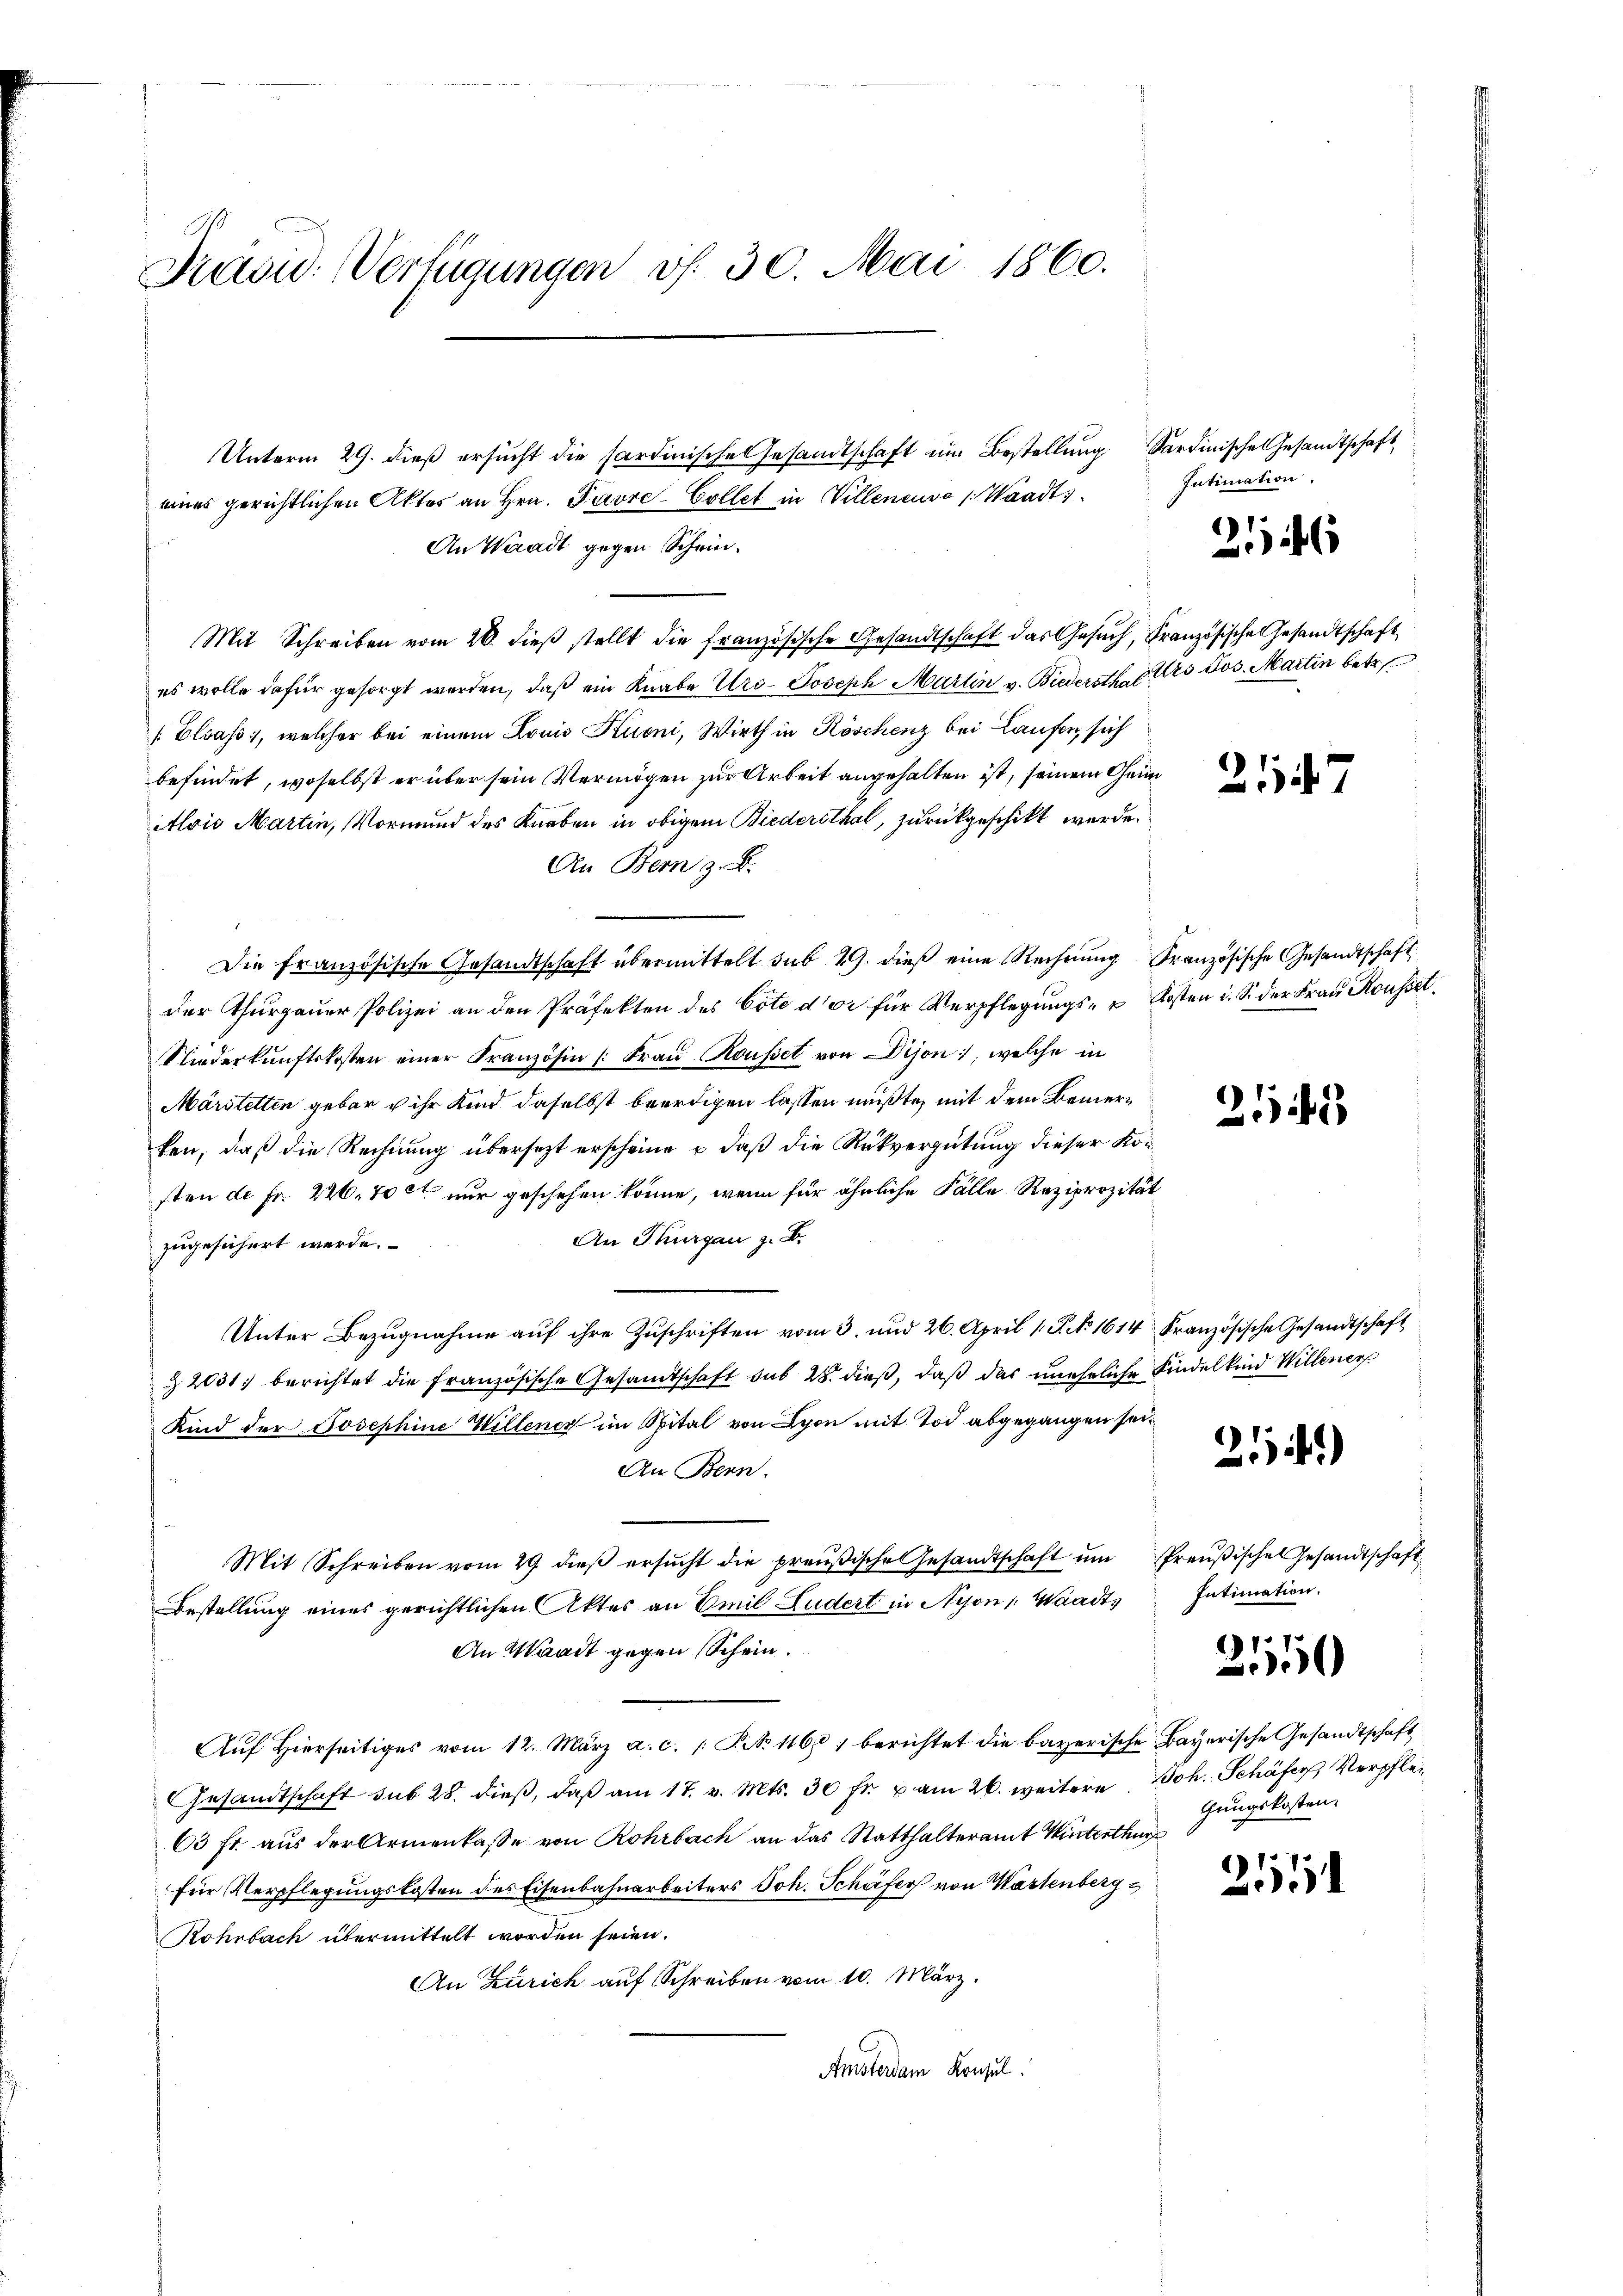
Drasu: Verfügungen v. 30. Mai 1860.

eines gerichtlichen Aktes an Hrn. Pavre-Collet in Villeneuve /: Waadt,
An Waadt gegen Schein.
Mit Schreiben vom 20. dieβ stellt die französische Gesandtschaft das Gesuch, Französische Gesandtschaft
es wolle dafür gesorgt werden, daß ein Knabe Uri Joseph Martin v. Biedersthalers dos. Martin betr.
[Elsass, welcher bei einem Louis Kuoni, Wirth in Köschenz bei Laufen, sich
befindet, woselbst er über sein Vermögen zur Arbeit angehalten ist, seinem Grun
Alois Martin, Vormund des Knaben in obigem Biederithal, zurückgeschickt werde.
An Bern z. B.
Die französische Gesandtschaft übermittelt sub 29. dieß eine Rechnung Französische Gesandtschaft
der Thurgauer Polizei an den Präfekten des Cote der für Verpflegungs- u Kosten i. S. der Frau Kousset,
Niederkŭnftskosten einer Französin /: Fraŭ Kousset von Dijon, welche in
Märstelten gebar u ihr Kind daselbst beerdigen lassen mußte, mit dem Bemerken, daß die Rechnung übersetzt erscheine – daß die Rückvergütung dieser Korsten de Fr. 226. 700 nur geschehen könne, wenn für ähnliche Fälle Reziprozität
An Thurgau z. B.
zugesichert werde.
Unter Bezugnahme auf ihre Zuschriften vom 3. und 26. April 1. P. No 1614 Französische Gesandtschaft
Z 2031 berichtet die französische Gesandtschaft sub 28. dieß, daß das uneheliche Kindelkind Willener
Kind der Josephine Willener im Spital von Lyon mit Tod abgegangen sei.
An Bern.
Mit Schreiben vom 29. dieβ ersŭcht die preußische Gesandtschaft ŭm Preußische Gesandtschaft
Bestellung eines gerichtlichen Aktes an Emil Ludert in Nyon, Waadts
An Waadt gegen Schein.
Auf Hierseitiges vom 12. März a. c. / NNo. 1168, berichtet die bayerische Bayerische Gesandtschaft,
Gesandtschaft sub 28. dieβ, daβ am 17. v. Mts. 30 fr. u am 26. weitere Joh. Schäfer Verpfle¬
63 fl. aus der Armenkasse von Rohrbach an das Statthalteramt Winterthur
für Verpflegungskosten des Eisenbahnarbeiters Joh. Schäfer von Wastenberg
Rohrbach übermittelt worden seien.
An Zürich auf Schreiben vom 10. März.
Amsterdam Konsul

Unterm 29. dieß ersucht die Sardinische Gesandtschaft ein Bestellung Sardinische Gesandtschaft

Intimation.

216

2147

2143

214)

Intimation.

2150

gungskosten.

21